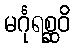
မင်္ဂုရစ္ဆဝိ